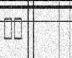
٣٣